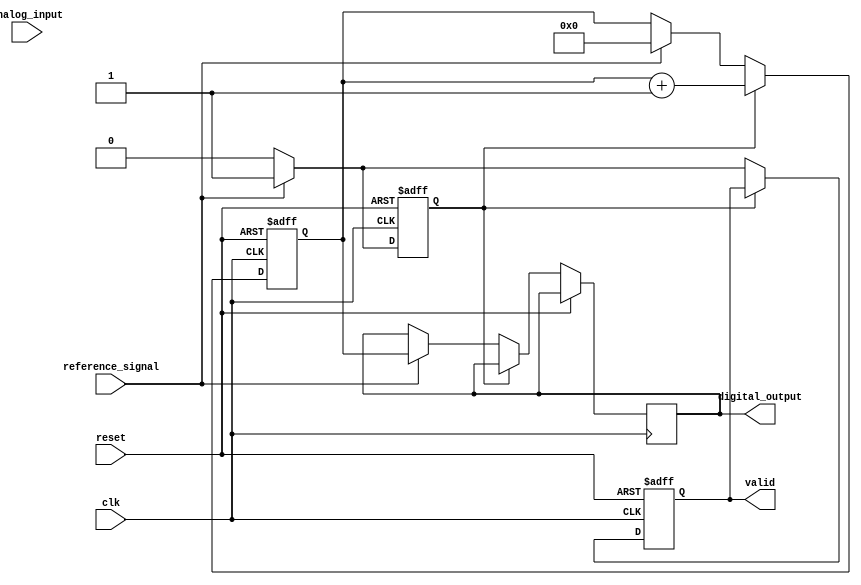
module ATDC (
    input wire clk,                // System clock
    input wire reset,              // Reset signal
    input wire analog_input,       // Analog input signal (sampled)
    input wire reference_signal,    // Reference signal for timing
    output reg [15:0] digital_output, // 16-bit digital output
    output reg valid               // Output valid signal
);

    // Internal signals
    reg [15:0] counter;            // Counter for clock cycles
    reg sample_hold;               // Sample and hold signal
    reg [15:0] sampled_value;      // Holds the sampled analog value
    reg state;                     // State variable for FSM

    // Sample-and-Hold Circuit
    always @(posedge clk or posedge reset) begin
        if (reset) begin
            sampled_value <= 16'b0;
            sample_hold <= 1'b0;
        end else if (reference_signal) begin
            sampled_value <= analog_input; // Capture the analog input
            sample_hold <= 1'b1;            // Hold the sampled value
        end else begin
            sample_hold <= 1'b0;            // Release hold
        end
    end

    // Timing Measurement Unit (TMU)
    always @(posedge clk or posedge reset) begin
        if (reset) begin
            counter <= 16'b0;
            valid <= 1'b0;
        end else if (sample_hold) begin
            counter <= counter + 1; // Increment counter on clock
        end else if (reference_signal) begin
            digital_output <= counter; // Output the counter value
            valid <= 1'b1;             // Indicate valid output
            counter <= 16'b0;          // Reset counter after measurement
        end else begin
            valid <= 1'b0;             // Clear valid signal
        end
    end

    // Control Logic (simplified)
    always @(posedge clk or posedge reset) begin
        if (reset) begin
            state <= 1'b0; // Initial state
        end else begin
            // State machine logic can be implemented here
            // For example, transitioning between states based on conditions
        end
    end

endmodule